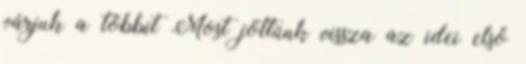
várjuk a többit Most jöttünk vissza az idei első